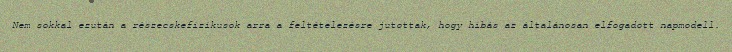
Nem sokkal ezután a részecskefizikusok arra a feltételezésre jutottak, hogy hibás az általánosan elfogadott napmodell.